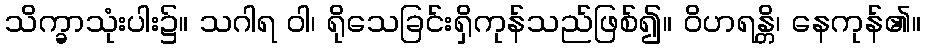
သိက္ခာသုံးပါး၌။ သဂါရ ဝါ၊ ရိုသေခြင်းရှိကုန်သည်ဖြစ်၍။ ဝိဟရန္တိ၊ နေကုန်၏။